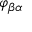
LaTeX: \varphi _ { \beta \alpha }